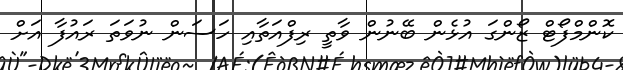
ކޮންމްފޯޓް ޒޯންގަ އުޅެން ބޭނުން ވާތީ ރިފްއަތާއި ހަސަން ނުވަަތަ ރައުފާ އަށް